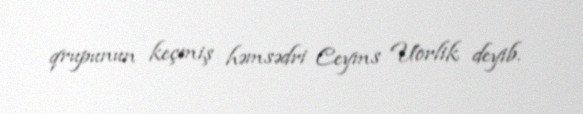
qrupunun keçmiş həmsədri Ceyms Uorlik deyib.